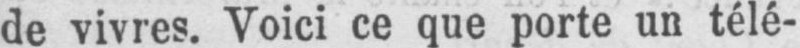
de vivres. Voici ce que porte un télé-